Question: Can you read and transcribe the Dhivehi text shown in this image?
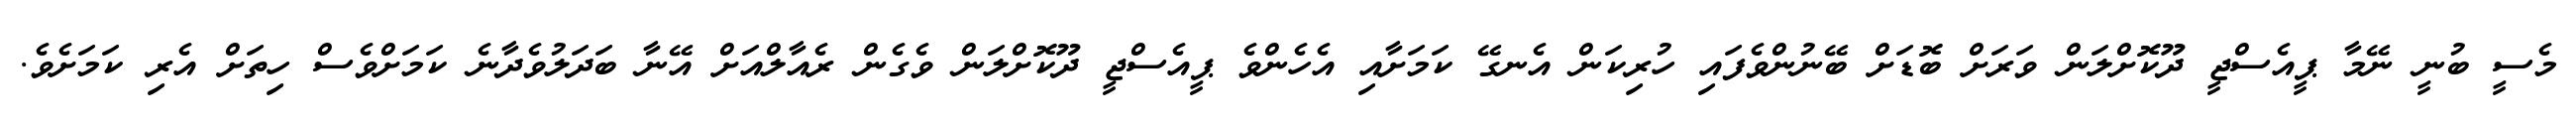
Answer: މެސީ ބުނީ ނޭމާ ޕީއެސްޖީ ދޫކޮށްލަން ވަރަށް ބޮޑަށް ބޭނުންވެފައި ހުރިކަން އެނގޭ ކަމަށާއި އެހެންވެ ޕީއެސްޖީ ދޫކޮށްލަން ވެގެން ރެއާލްއަށް އޭނާ ބަދަލުވެދާނެ ކަމަށްވެސް ހިތަށް އެރި ކަމަށެވެ.